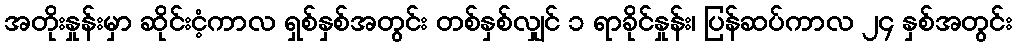
အတိုးနှုန်းမှာ ဆိုင်းငံ့ကာလ ရှစ်နှစ်အတွင်း တစ်နှစ်လျှင် ၁ ရာခိုင်နှုန်း၊ ပြန်ဆပ်ကာလ ၂၄ နှစ်အတွင်း